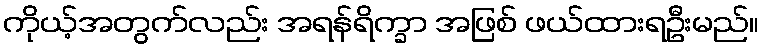
ကိုယ့်အတွက်လည်း အရန်ရိက္ခာ အဖြစ် ဖယ်ထားရဦးမည်။